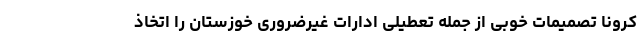
کرونا تصمیمات خوبی از جمله تعطیلی ادارات غیرضروری خوزستان را اتخاذ